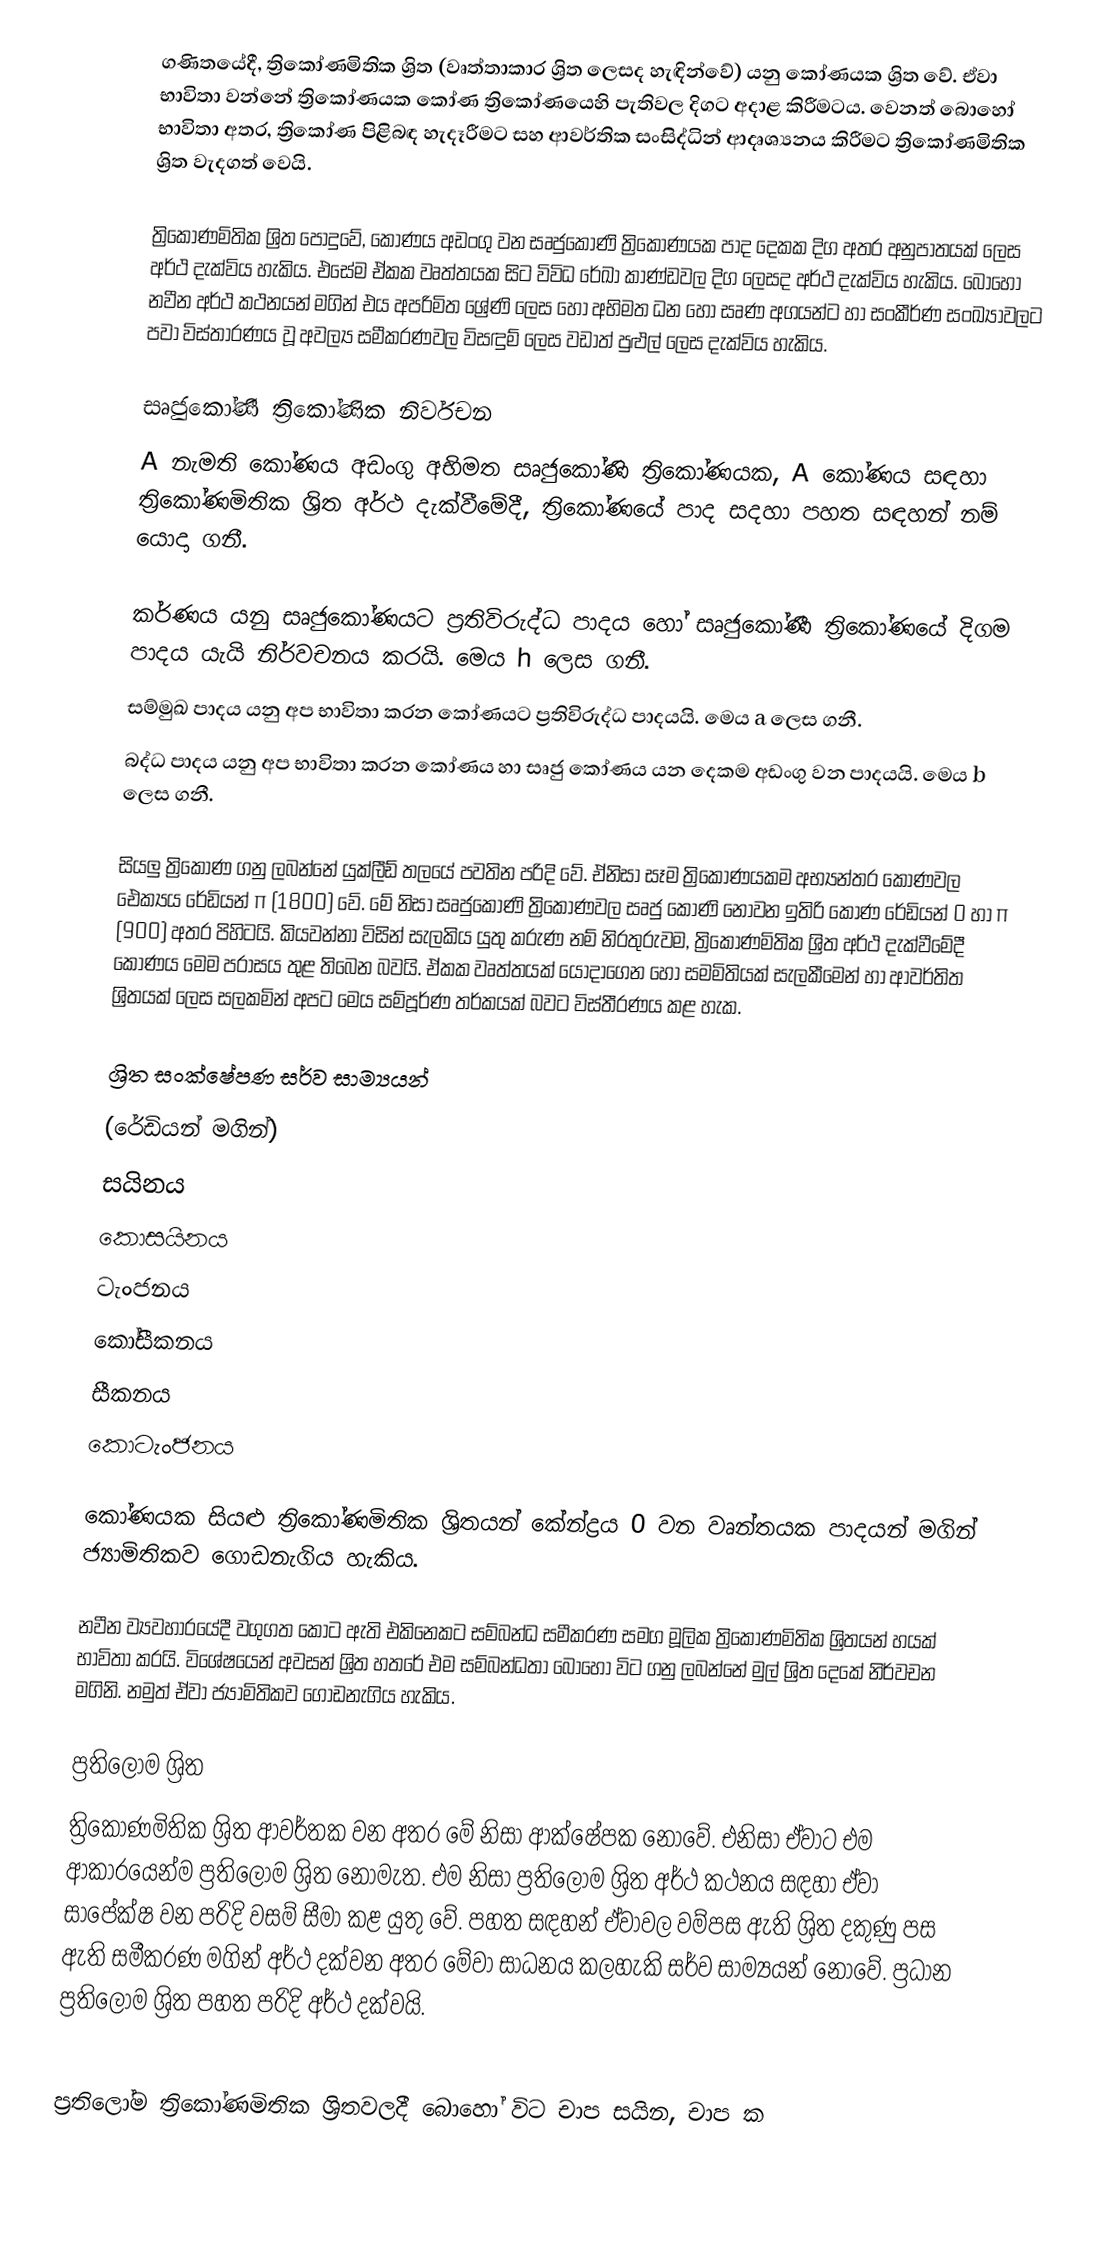
ගණිතයේදී, ත්‍රිකෝණමිතික ශ්‍රිත (වෘත්තාකාර ශ්‍රිත ලෙසද හැඳින්වේ) යනු  කෝණයක ශ්‍රිත වේ. ඒවා භාවිතා වන්නේ ත්‍රිකෝණයක කෝණ ත්‍රිකෝණයෙහි පැතිවල දිගට අදාළ කිරීමටය. වෙනත් බොහෝ භාවිතා අතර, ත්‍රිකෝණ පිළිබඳ හැදෑරීමට සහ ආවර්තික සංසිද්ධින් ආදෘශ්‍යනය කිරීමට ත්‍රිකෝණමිතික ශ්‍රිත වැදගත් වෙයි.

ත්‍රිකෝණමිතික ශ්‍රිත පොදුවේ, කෝණය අඩංගු වන සෘජුකෝණි ත්‍රිකෝණයක පාද දෙකක දිග අතර අනුපාතයක් ලෙස අර්ථ දැක්විය හැකිය. එසේම ඒකක වෘත්තයක සිට විවිධ රේඛා කාණ්ඩවල දිග ලෙසද අර්ථ දැක්විය හැකිය. බොහෝ නවීන අර්ථ කථනයන් මගින් එය අපරිමිත ‍ශ්‍රේණි ලෙස හෝ අභිමත ධන හෝ සෘණ අගයන්ට හා සංකීර්ණ සංඛ්‍යාවලට පවා විස්තාරණය වූ අවල්‍ය සමීකරණවල විසඳුම් ලෙස වඩාත් පුළුල් ලෙස දැක්විය හැකිය.

සෘජුකෝණී ත්‍රිකෝණික නිර්වචන
A නැමති කෝණය අඩංගු අභිමත සෘජුකෝණි ත්‍රිකෝණයක, A කෝණය සඳහා ත්‍රිකෝණමිතික  ශ්‍රිත අර්ථ දැක්වීමේදී, ත්‍රිකෝණයේ පාද සදහා පහත සඳහන් නම් යොදා ගනී.

කර්ණය යනු සෘජුකෝණයට ප්‍රතිවිරුද්ධ පාදය හෝ සෘජුකෝණී ත්‍රිකෝණයේ දිගම පාදය යැයි නිර්වචනය කරයි. මෙය h  ලෙස ගනී.
සම්මුඛ පාදය යනු අප භාවිතා කරන කෝණයට ප්‍රතිවිරුද්ධ පාදයයි. මෙය a ලෙස ගනී.
බද්ධ පාදය යනු අප භාවිතා කරන කෝණය හා සෘජු කෝණය යන දෙකම අඩංගු වන පාදයයි. මෙය b ලෙස ගනී.

සියලු ත්‍රිකෝණ ගනු ලබන්නේ යුක්ලීඩ් තලයේ පවතින පරිදි වේ. ඒනිසා සෑම ත්‍රිකෝණයකම අභ්‍යන්තර කෝණවල ඓක්‍යය රේඩියන් π (1800) වේ. මේ නිසා සෘජුකෝණි ත්‍රිකෝණවල සෘජු කෝණි නොවන ඉතිරි කෝණ රේඩියන් 0 හා π  (900) අතර පිහිටයි. කියවන්නා විසින් සැලකිය යුතු කරුණ නම් නිරතුරුවම, ත්‍රිකෝණමිතික ශ්‍රිත අර්ථ දැක්වීමේදී කෝණය මෙම පරාසය තුළ තිබෙන බවයි. ඒකක වෘත්තයක් යොදාගෙන හෝ සමමිතියක් සැලකීමෙන් හා ආවර්තිත ශ්‍රිතයක් ලෙස සලකමින් අපට මෙය සම්පූර්ණ තර්කයක් බවට විස්තීරණය කළ හැක.

ශ්‍රිත සංක්ෂේපණ සර්ව සාම්‍යයන්
(රේඩියන් මගින්)
 සයිනය
 කොසයිනය
 ටැංජනය
 කෝසීකනය
 සීකනය
 කොටැංජනය

කෝණයක  සියළු ත්‍රිකෝණමිතික ශ්‍රිතයන් කේන්ද්‍රය 0 වන වෘන්තයක පාදයන් මගින් ජ්‍යාමිතිකව ගොඩනැගිය හැකිය.

නවීන ව්‍යවහාරයේදී වගුගත කොට ඇති එකිනෙකට සම්බන්ධ සමීකරණ සමග මූලික ත්‍රිකෝණමිතික ශ්‍රිතයන් හයක් භාවිතා කරයි. විශේෂයෙන් අවසන් ශ්‍රිත හතරේ එම සම්බන්ධතා බොහෝ විට ගනු ලබන්නේ මුල් ශ්‍රිත දෙකේ නිර්වචන මගිනි. නමුත් ඒවා ජ්‍යාමිතිකව ගොඩනැගිය හැකිය.

ප්‍රතිලෝම ශ්‍රිත
ත්‍රිකෝණමිතික ශ්‍රිත ආවර්තක වන අතර මේ නිසා ආක්ෂේපක නොවේ. එනිසා ඒවාට එම ආකාරයෙන්ම ප්‍රතිලෝම ශ්‍රිත නොමැත. එම නිසා ප්‍රතිලෝම ශ්‍රිත අර්ථ කථනය සඳහා ඒවා සාපේක්ෂ වන පරිදි වසම් සීමා කළ යුතු වේ. පහත සඳහන් ඒවාවල වම්පස ඇති ශ්‍රිත දකුණු පස ඇති සමීකරණ මගින් අර්ථ දක්වන අතර මේවා සාධනය කලහැකි සර්ව සාම්‍යයන් නොවේ. ප්‍රධාන ප්‍රතිලෝම ශ්‍රිත පහත පරිදි අර්ථ දක්වයි.

ප්‍රතිලෝම ත්‍රිකෝණමිතික ශ්‍රිතවලදී බොහෝ විට චාප සයින, චාප ක